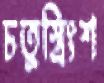
চতুস্ত্রিংশ